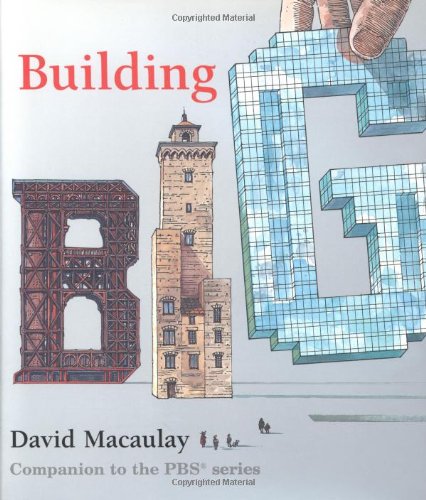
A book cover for Building Big; David Macaulay; Children's Books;